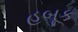
હબૂક